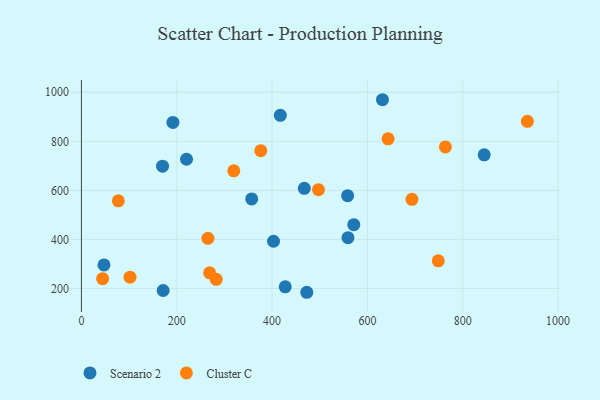
{"axis": {"x": "Distance", "y": "Yield"}, "legend": ["Cluster C", "Scenario 2"], "data": [{"x": "47.3", "y": 296.1, "type": "Scenario 2"}, {"x": "403.1", "y": 392.7, "type": "Scenario 2"}, {"x": "472.8", "y": 184.8, "type": "Scenario 2"}, {"x": "417.3", "y": 906.0, "type": "Scenario 2"}, {"x": "170.2", "y": 698.7, "type": "Scenario 2"}, {"x": "559.2", "y": 407.3, "type": "Scenario 2"}, {"x": "357.2", "y": 565.1, "type": "Scenario 2"}, {"x": "571.4", "y": 460.4, "type": "Scenario 2"}, {"x": "220.5", "y": 726.9, "type": "Scenario 2"}, {"x": "467.6", "y": 608.4, "type": "Scenario 2"}, {"x": "427.6", "y": 207.2, "type": "Scenario 2"}, {"x": "845.0", "y": 744.9, "type": "Scenario 2"}, {"x": "558.5", "y": 578.3, "type": "Scenario 2"}, {"x": "631.6", "y": 969.4, "type": "Scenario 2"}, {"x": "192.0", "y": 876.8, "type": "Scenario 2"}, {"x": "171.5", "y": 192.1, "type": "Scenario 2"}, {"x": "376.3", "y": 761.9, "type": "Cluster C"}, {"x": "265.4", "y": 404.6, "type": "Cluster C"}, {"x": "935.6", "y": 881.4, "type": "Cluster C"}, {"x": "77.5", "y": 557.3, "type": "Cluster C"}, {"x": "693.4", "y": 563.6, "type": "Cluster C"}, {"x": "497.4", "y": 602.8, "type": "Cluster C"}, {"x": "748.7", "y": 313.0, "type": "Cluster C"}, {"x": "282.9", "y": 237.6, "type": "Cluster C"}, {"x": "643.4", "y": 810.1, "type": "Cluster C"}, {"x": "269.0", "y": 264.1, "type": "Cluster C"}, {"x": "763.6", "y": 777.0, "type": "Cluster C"}, {"x": "44.5", "y": 240.3, "type": "Cluster C"}, {"x": "101.9", "y": 246.3, "type": "Cluster C"}, {"x": "319.7", "y": 679.7, "type": "Cluster C"}]}